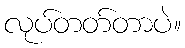
လုပ်တတ်တာပဲ။